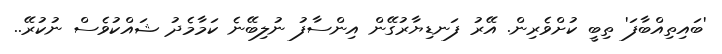
'ބައިތިއްބާފަ' ތިބީ ކުށްވެރިން. އޭރު ފަނޑިޔާރުގޭން އިންސާފު ނުލިބޭނެ ކަމާމެދު ޝައްކުވެސް ނުކުރޭ..